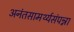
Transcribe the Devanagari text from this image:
अनंतसामर्थ्यसंपन्ना